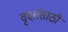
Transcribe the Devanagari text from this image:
वृक्षांसाठी